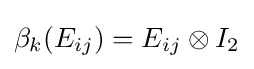
\beta _{k}(E_{ij})=E_{ij}\otimes I_{2}